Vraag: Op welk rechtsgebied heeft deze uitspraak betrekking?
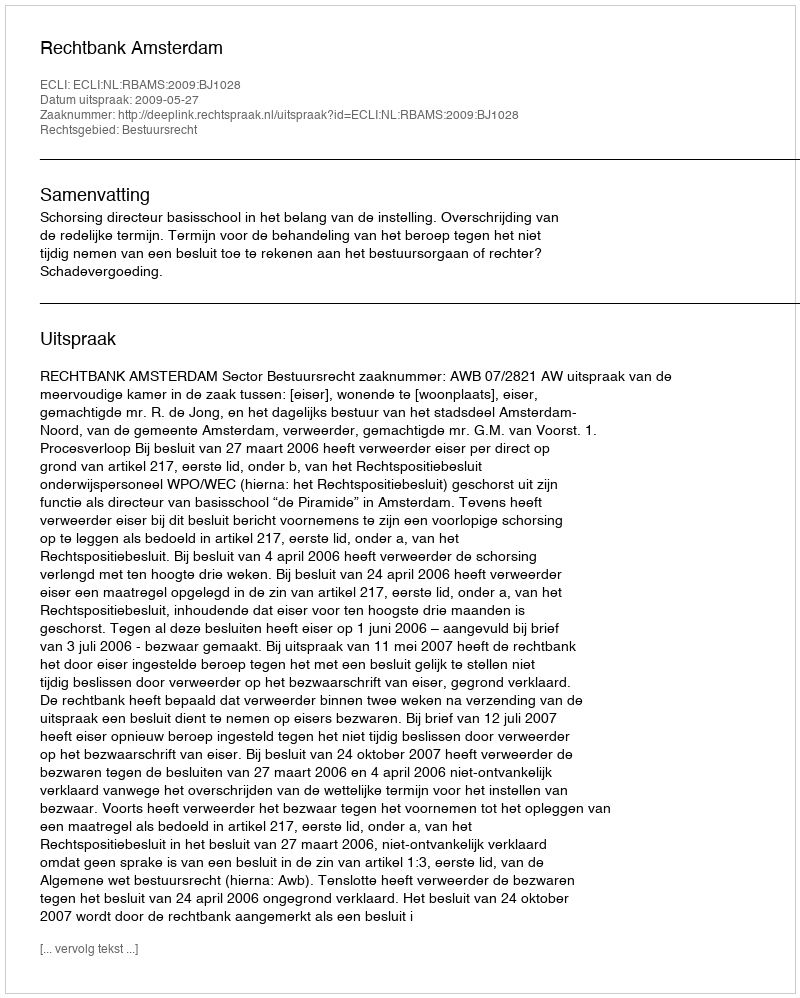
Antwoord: Bestuursrecht